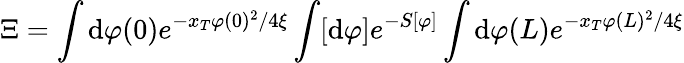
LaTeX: \Xi=\int\mathrm{d}\varphi(0)e^{-x_{T}\varphi(0)^{2}/4\xi}\int[\mathrm{d}\varphi]e^{-S[\varphi]}\int\mathrm{d}\varphi(L)e^{-x_{T}\varphi(L)^{2}/4\xi}